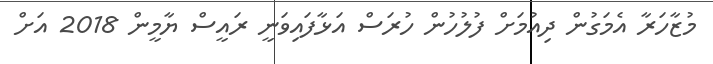
މުޒާހަރާ އެމަގުން ދިއުމަށް ފުލުހުން ހުރަސް އަޅާފައިވަނީ ރައީސް ޔާމީން 2018 އަށް